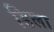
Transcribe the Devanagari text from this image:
डिला